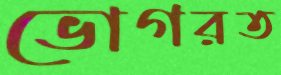
ভোগরত